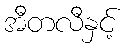
အီတလီနှင့်